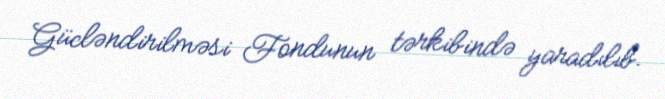
Gücləndirilməsi Fondunun tərkibində yaradılıb.